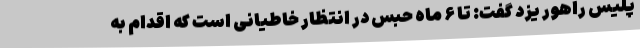
پلیس راهور یزد گفت: تا ۶ ماه حبس در انتظار خاطیانی است که اقدام به